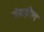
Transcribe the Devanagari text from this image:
चेस्टफ़ील्ड